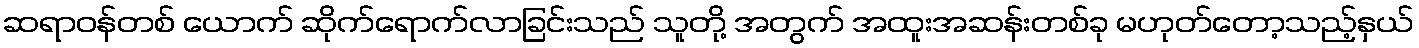
ဆရာဝန်တစ် ယောက် ဆိုက်ရောက်လာခြင်းသည် သူတို့ အတွက် အထူးအဆန်းတစ်ခု မဟုတ်တော့သည့်နှယ်